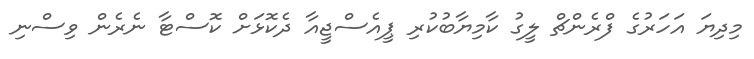
މިދިޔަ އަހަރުގެ ފްރެންޗް ލީގު ކާމިޔާބުކުރި ޕީއެސްޖީއާ ދެކޮޅަށް ކޮސްޓާ ނެރެން ވިސްނި